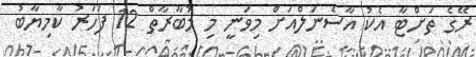
ރޭގެ ތަށްޓާ އެކު އާސެނަލްއަށް މިވަނީ މި މުބާރާތް 12 ފަހަރު ކާމިޔާބު